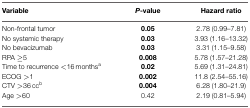
<table><thead><tr><td><b>Variable</b></td><td><b><i>P</i>-value</b></td><td><b>Hazard ratio</b></td></tr></thead><tbody><tr><td>Non-frontal tumor</td><td><b>0.05</b></td><td>2.78 (0.99–7.81)</td></tr><tr><td>No systemic therapy</td><td><b>0.03</b></td><td>3.93 (1.16–13.32)</td></tr><tr><td>No bevacizumab</td><td><b>0.03</b></td><td>3.31 (1.15–9.58)</td></tr><tr><td>RPA ≥5</td><td><b>0.008</b></td><td>5.78 (1.57–21.28)</td></tr><tr><td>Time to recurrence &lt;16 months<sup>a</sup></td><td><b>0.02</b></td><td>5.69 (1.31–24.81)</td></tr><tr><td>ECOG &gt;1</td><td><b>0.002</b></td><td>11.8 (2.54–55.16)</td></tr><tr><td>CTV &gt;36 cc<sup>b</sup></td><td><b>0.004</b></td><td>6.28 (1.80–21.9)</td></tr><tr><td>Age &gt;60</td><td>0.42</td><td>2.19 (0.81–5.94)</td></tr></tbody></table>